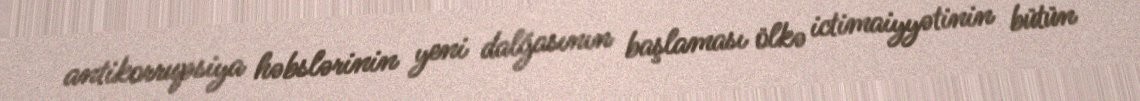
antikorrupsiya həbslərinin yeni dalğasının başlaması ölkə ictimaiyyətinin bütün